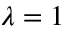
\lambda = 1